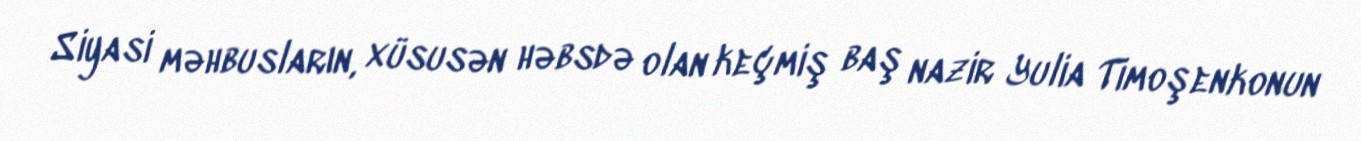
Siyasi məhbusların, xüsusən həbsdə olan keçmiş baş nazir Yulia Timoşenkonun